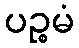
ပဉ္စမံ